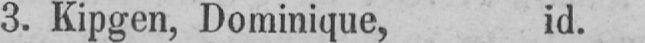
3. Kipgen, Dominique, id.